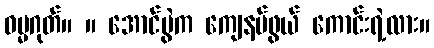
ဓမ္မဂုတ်။ ။ အောင်ပွဲက ကျေနပ်ဖွယ် ကောင်းရဲ့လား။